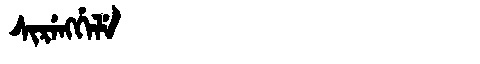
Manchu: ᠰᡳᡵᡝᠩᡤᡝᠯᡝ
Romanization: SIRENGGELE